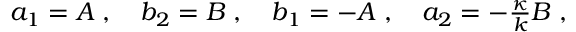
\begin{array} { r } { a _ { 1 } = A \; , \quad b _ { 2 } = B \; , \quad b _ { 1 } = - A \; , \quad a _ { 2 } = - \frac { \kappa } { k } B \; , } \end{array}